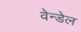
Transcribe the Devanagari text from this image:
वेन्डेल